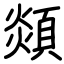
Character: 顃